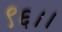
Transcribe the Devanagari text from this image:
९६।।